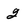
Character: 2